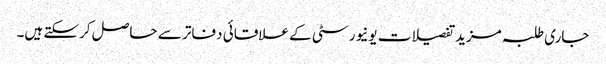
جاری طلبہ مزید تفصیلات یونیورسٹی کے علاقائی دفاتر سے حاصل کرسکتے ہیں۔